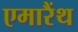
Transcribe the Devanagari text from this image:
एमारैंथ